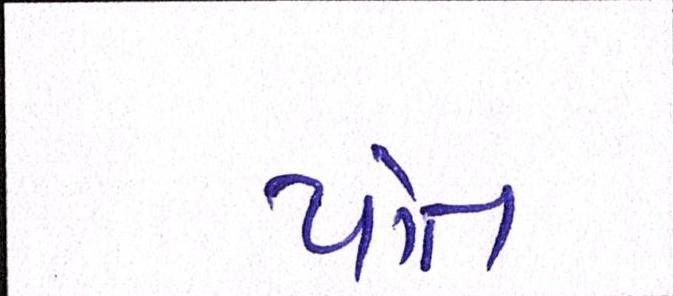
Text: પોત